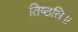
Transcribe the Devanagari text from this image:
तिष्ठति॥